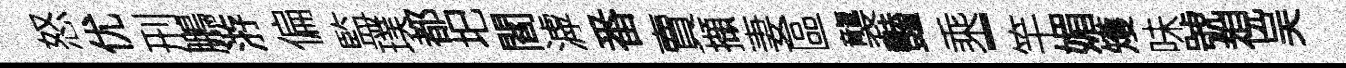
怒优刑鵬㳺偏監璞都圯閻滹番賣擷妻區襲豔乘-竿媚矱味號視吴